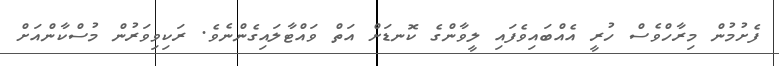
ފެށުމުން މިރާހްވެސް ހުރީ އެއްބައިވެފައި ލީވާންގެ ކޮނޑަށް އަތް ވައްޓާލައިގެންނެވެ. ރަކިވިވަރުން މުސްކާންއަށް